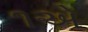
૧એ